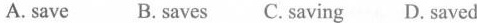
A. save B. Saves C.saving D. Saved